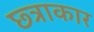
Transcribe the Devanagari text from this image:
छ्त्राकार